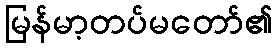
မြန်မာ့တပ်မတော်၏